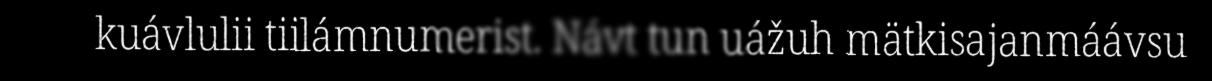
kuávlulii tiilámnumerist. Návt tun uážuh mätkisajanmáávsu